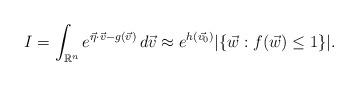
LaTeX: \begin{align*}I = \int_{\mathbb{R}^n} e^{\vec{\eta}\cdot\vec{v} - g(\vec{v}) }\, d\vec{v} \approx e^{h(\vec{v_0})} |\{\vec{w} : f(\vec{w}) \le 1\} |.\end{align*}